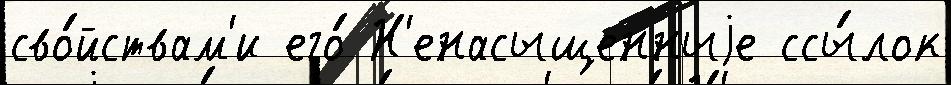
сво́йствам'и его́ Н'енасыщенныjе ссы́лок